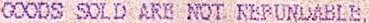
GOODS SOLD ARE NOT REFUNDABLE,